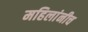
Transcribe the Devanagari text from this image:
महिलांनीच